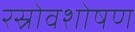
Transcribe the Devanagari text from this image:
रस्रोवशोषण